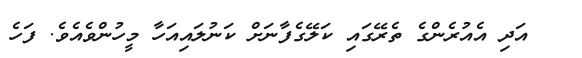
އަދި އެއުރެންގެ ތެރޭގައި ކަލޭގެފާނަށް ކަނުލައިއަހާ މީހުންވެއެވެ. ފަހެ